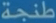
طائحة